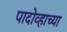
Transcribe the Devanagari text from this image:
पादोव्हाच्या